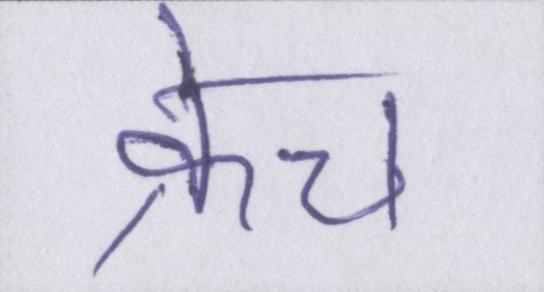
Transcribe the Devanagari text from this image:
क्रेच